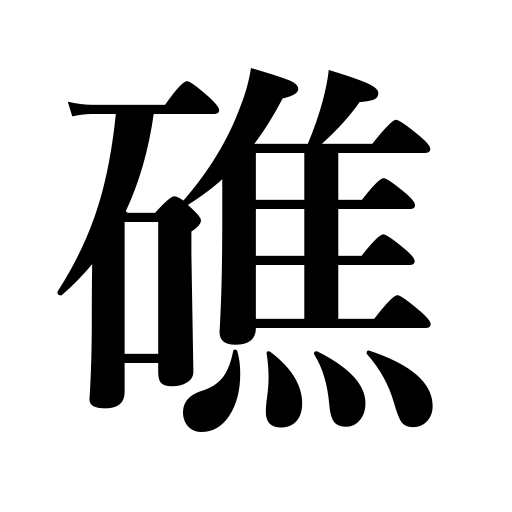
Meanings: sunken rock